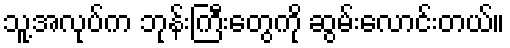
သူ့အလုပ်က ဘုန်းကြီးတွေကို ဆွမ်းလောင်းတယ်။